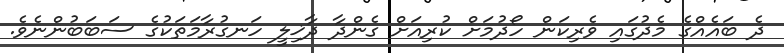
ދެ ބައެއްގެ މެދުގައި ވެރިކަން ހޯދުމަށް ކުރިއަށް ގެންދާ ދާޚިލީ ހަނގުރާމަތަކުގެ ސަބަބުންނެވެ.